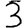
Digit: 3